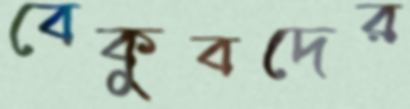
বেকুবদের